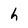
Character: h